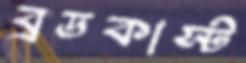
ব্রডকাস্ট